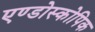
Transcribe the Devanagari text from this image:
एण्डोस्कोपिक